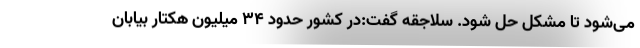
می‌شود تا مشکل حل شود. سلاجقه گفت:در کشور حدود ۳۴ میلیون هکتار بیابان